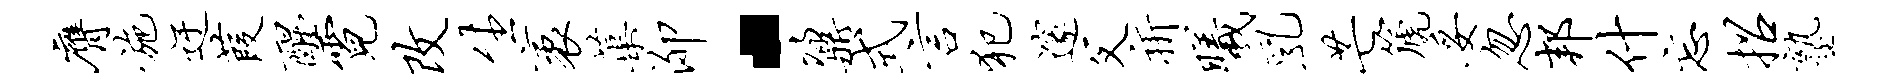
膺施迂葭醒霓改生袤蕖泖·鼐式言犯邃父祈曦乳芒篪妥忽邦什忘招塾